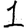
Digit: 1